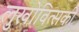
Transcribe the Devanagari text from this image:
लुखोवित्सकी